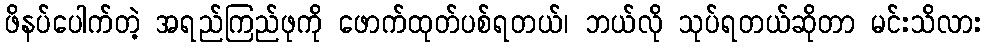
ဖိနပ်ပေါက်တဲ့ အရည်ကြည်ဖုကို ဖောက်ထုတ်ပစ်ရတယ်၊ ဘယ်လို သုပ်ရတယ်ဆိုတာ မင်းသိလား